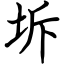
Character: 坼